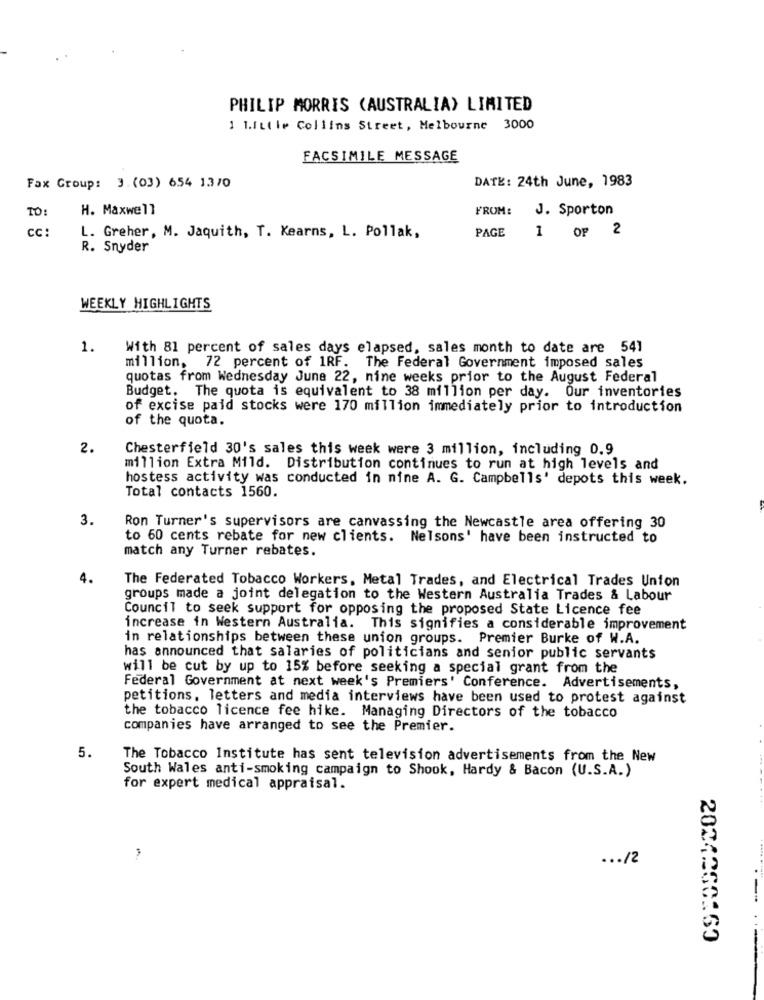
PHILIP MORRIS (AUSTRALIA) LIMITED
1 1.ILile Collins Street, Melbourne 3000
FACSIMILE MESSAGE
DATE: 24th June, 1983
Fax Group: 3. (03) 654 1370
TO:
H. Maxwell
FROM:
J. Sporton
CC:
PAGE
1 op 2
L. Greher, M. Jaquith, T. Kearns, L. Pollak,
R. Snyder
WEEKLY HIGHLIGHTS
1.
With 81 percent of sales days elapsed, sales month to date are 541
million, 72 percent of 1RF. The Federal Government imposed sales
quotas from Wednesday June 22, nine weeks prior to the August Federal
Budget. The quota is equivalent to 38 million per day. Our inventories
of excise paid stocks were 170 million immediately prior to introduction
of the quota.
2.
Chesterfield 30's sales this week were 3 million, including 0.9
million Extra Mild. Distribution continues to run at high levels and
hostess activity was conducted in nine A. G. Campbells' depots this week.
Total contacts 1560.
3.
Ron Turner's supervisors are canvassing the Newcastle area offering 30
to 60 cents rebate for new clients. Nelsons' have been instructed to
match any Turner rebates.
4.
The Federated Tobacco Workers, Metal Trades, and Electrical Trades Union
groups made a joint delegation to the Western Australia Trades & Labour
Council to seek support for opposing the proposed State Licence fee
increase in Western Australia. This signifies a considerable improvement
in relationships between these union groups. Premier Burke of W.A.
has announced that salaries of politicians and senior public servants
will be cut by up to 15% before seeking a special grant from the
Federal Government at next week's Premiers' Conference. Advertisements,
petitions, letters and media interviews have been used to protest against
the tobacco licence fee hike. Managing Directors of the tobacco
companies have arranged to see the Premier.
5.
The Tobacco Institute has sent television advertisements from the New
South Wales anti-smoking campaign to Shook, Hardy & Bacon (U.S.A.)
for expert medical appraisal.
... /2
2021260160